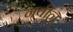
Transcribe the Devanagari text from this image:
नवीन्